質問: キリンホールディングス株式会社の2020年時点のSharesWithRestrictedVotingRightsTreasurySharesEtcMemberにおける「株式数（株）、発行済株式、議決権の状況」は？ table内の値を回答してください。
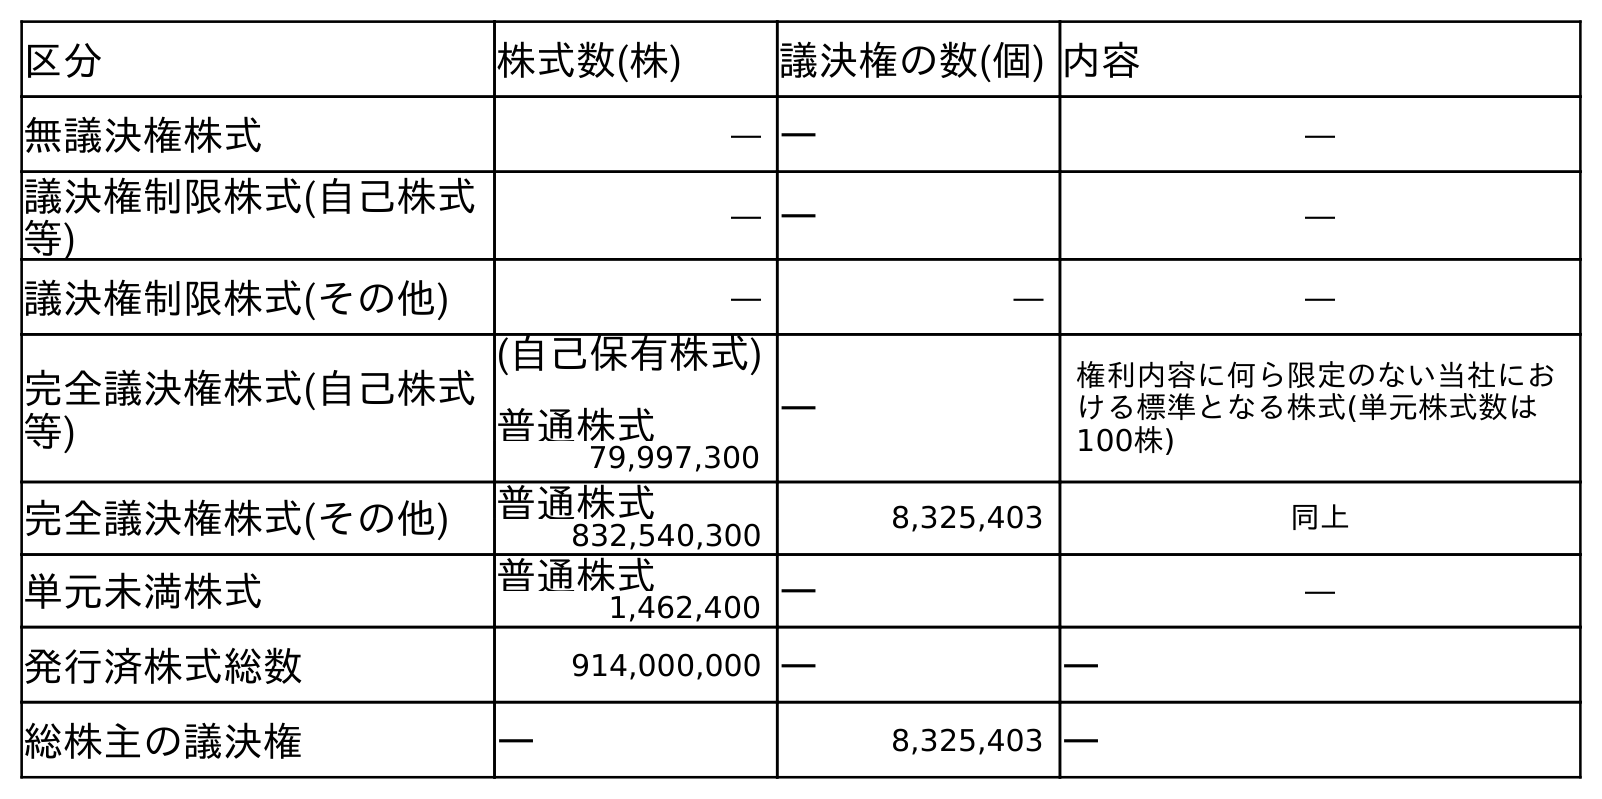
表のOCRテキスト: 区分 株式数(株) 議決権の数(個) 内容 無議決権株式 ― ― ― 議決権制限株式(自己株式 等) ― ― ― 議決権制限株式(その他) ― ― ― 完全議決権株式(自己株式 等) (自己保有株式) 普通株式 ― 権利内容に何ら限定のない当社にお ける標準となる株式(単元株式数は 100株) 79,997,300 完全議決権株式(その他) 普通株式 8,325,403 同上 832,540,300 単元未満株式 普通株式 ― ― 1,462,400 発行済株式総数 914,000,000 ― ― 総株主の議決権 ― 8,325,403 ―
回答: ―